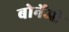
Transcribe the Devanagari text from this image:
बोर्नेओ